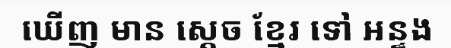
ឃើញ មាន ស្តេច ខ្មែរ ទៅ អន្ទង